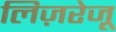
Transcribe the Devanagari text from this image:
लिज़रेजू